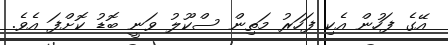
އޭގެ ފަހުން އެކި ފަހަރު މަތިން ސްކޫލު ވަނީ ބޮޑު ކޮށްފަ އެވެ.